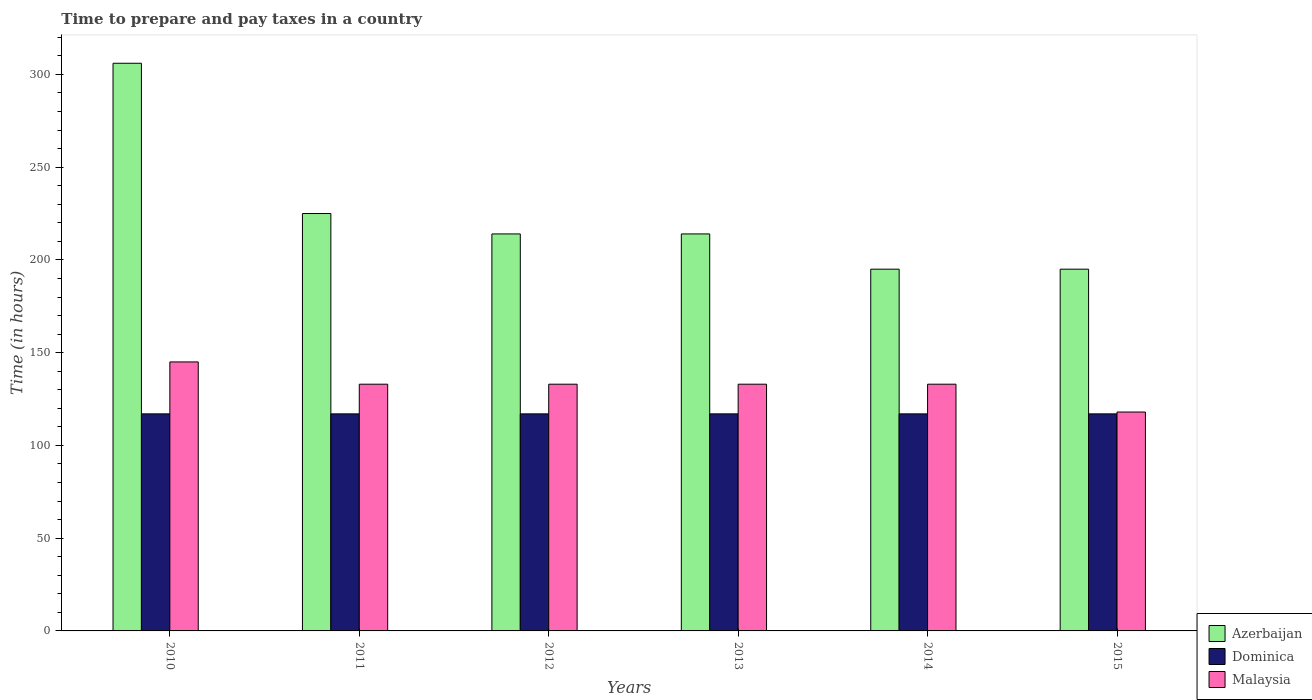
| Years | Azerbaijan | Dominica | Malaysia |
 | --- | --- | --- | --- |
 | 2010 | 306 | 117 | 145 |
 | 2011 | 225 | 117 | 133 |
 | 2012 | 214 | 117 | 133 |
 | 2013 | 214 | 117 | 133 |
 | 2014 | 195 | 117 | 133 |
 | 2015 | 195 | 117 | 118 |